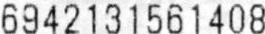
6942131561408